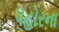
પહોરના